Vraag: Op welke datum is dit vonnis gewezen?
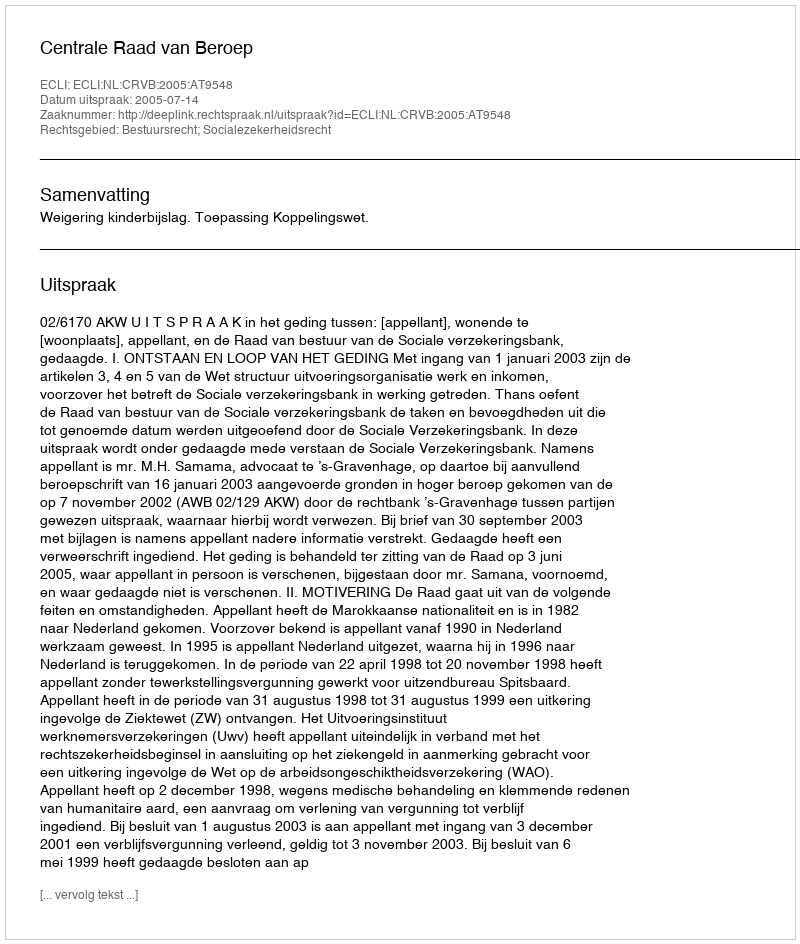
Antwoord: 2005-07-14